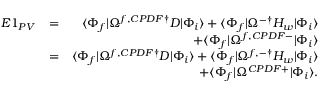
\begin{array} { r l r } { E 1 _ { P V } } & { = } & { \langle \Phi _ { f } | \Omega ^ { f , C P D F \dagger } D | \Phi _ { i } \rangle + \langle \Phi _ { f } | \Omega ^ { - \dagger } H _ { w } | \Phi _ { i } \rangle } \\ & { } & { + \langle \Phi _ { f } | \Omega ^ { f , C P D F - } | \Phi _ { i } \rangle } \\ & { = } & { \langle \Phi _ { f } | \Omega ^ { f , C P D F \dagger } D | \Phi _ { i } \rangle + \langle \Phi _ { f } | \Omega ^ { f , - \dagger } H _ { w } | \Phi _ { i } \rangle } \\ & { } & { + \langle \Phi _ { f } | \Omega ^ { C P D F + } | \Phi _ { i } \rangle . } \end{array}